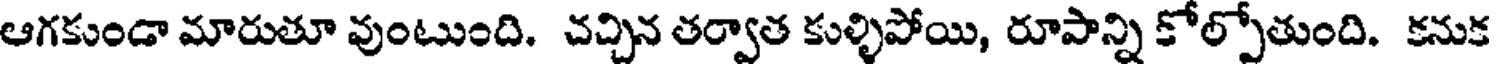
ఆగకుండా మారుతూ వుంటుంది. చచ్చిన తర్వాత కుళ్ళిపోయి, రూపాన్ని కోల్పోతుంది. కనుక